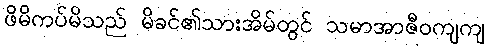
ဖိမိကပ်မိသည် မိခင်၏သားအိမ်တွင် သမာအာဇီဝကျကျ